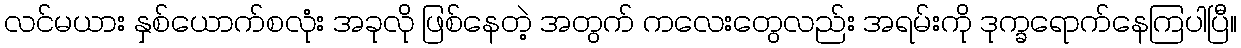
လင်မယား နှစ်ယောက်စလုံး အခုလို ဖြစ်နေတဲ့ အတွက် ကလေးတွေလည်း အရမ်းကို ဒုက္ခရောက်နေကြပါပြီ။